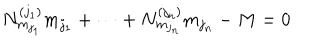
LaTeX: N _ { m _ { j _ { 1 } } } ^ { ( j _ { 1 } ) } m _ { j _ { 1 } } + \cdots + N _ { m _ { j _ { n } } } ^ { ( j _ { n } ) } m _ { j _ { n } } - M = 0